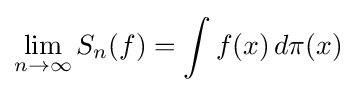
\lim _{n\to \infty }S_{n}(f)=\int f(x)\,d\pi (x)